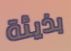
بذيئة